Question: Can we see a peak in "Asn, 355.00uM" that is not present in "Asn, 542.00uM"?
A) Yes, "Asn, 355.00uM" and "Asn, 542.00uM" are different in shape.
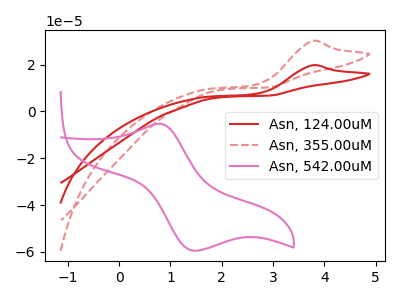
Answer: <think>The red curve "Asn, 124.00uM" has an anodic peak at: (3.75V, 19.65uA). The red dashed curve "Asn, 355.00uM" has an anodic peak at: (3.75V, 30.05uA). The pink curve "Asn, 542.00uM" has an anodic peak at (0.80V, -5.30uA) and a cathodic peak at (1.50V, -59.50uA).
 "Asn, 355.00uM" and "Asn, 542.00uM" have a different number of peaks.</think>
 <answer>A) Yes, "Asn, 355.00uM" and "Asn, 542.00uM" are different in shape.</answer>
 <eval>A</eval>